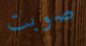
صوبت